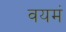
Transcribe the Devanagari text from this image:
वयमं